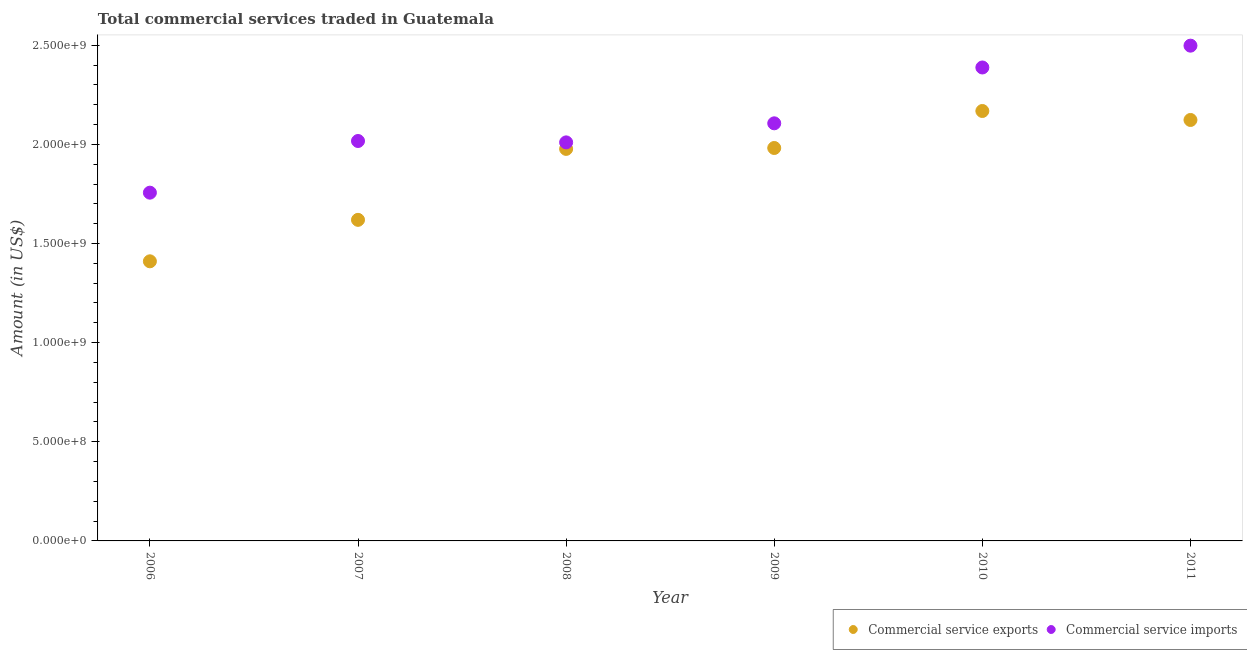
| Year | Commercial service exports | Commercial service imports |
 | --- | --- | --- |
 | 2006 | 1.41e+09 | 1.76e+09 |
 | 2007 | 1.62e+09 | 2.02e+09 |
 | 2008 | 1.98e+09 | 2.01e+09 |
 | 2009 | 1.98e+09 | 2.11e+09 |
 | 2010 | 2.17e+09 | 2.39e+09 |
 | 2011 | 2.12e+09 | 2.5e+09 |